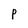
Character: P